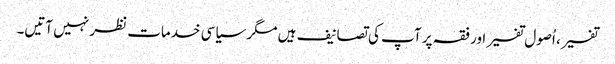
تفسیر، اُصول تفسیر اور فقہ پر آپ کی تصانیف ہیں مگر سیاسی خدمات نظر نہیں آتیں۔